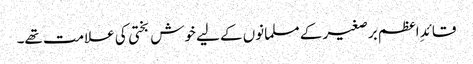
قائدِ اعظم برصغیر کے مسلمانوں کے لیے خوش بختی کی علامت تھے۔